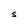
Character: S